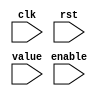
// Dummy implementation, does nothing
module TC_SegmentDisplay (clk, rst, enable, value);
    parameter UUID = 0;
    parameter NAME = "";
    input clk;
    input rst;
    input enable;
    input [7:0] value;
endmodule